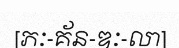
[ភៈ-គ័ន-ឌៈ-លា]